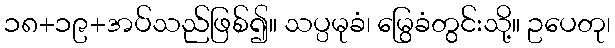
၁၈+၁၉+အပ်သည်ဖြစ်၍။ သပ္ပမုခံ၊ မြွေခံတွင်းသို့။ ဥပေတု၊